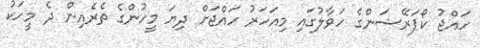
ހައްޖު ކޯޕަރޭޝަންގެ ހަވާލުގައި މިއަަހަރު ހައްޖަށް ދިޔަ މީހުންގެ ތެރެއިން ދެ މީހަކު